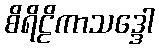
စိရိဠိကာသဒ္ဒေါ